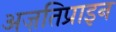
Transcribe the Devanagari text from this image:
अज़तिप्राइन